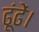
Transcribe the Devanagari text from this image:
ढूंढें।